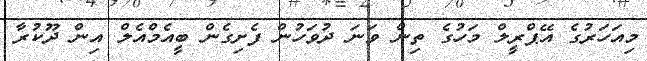
މިއަހަރުގެ އޭޕްރީލް މަހުގެ ތިން ވަނަ ދުވަހުން ފެށިގެން ބީއެމްއެލް އިން ދޫކުރާ